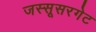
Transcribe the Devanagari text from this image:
जस्सूसरगेट